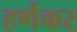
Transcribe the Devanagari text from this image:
हर्णेकर